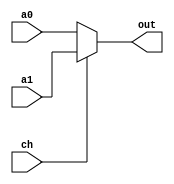
`timescale 1ns / 1ps
//////////////////////////////////////////////////////////////////////////////////
// Company: 
// Engineer: 
// 
// Design Name: 
// Module Name:    MUX 
// Project Name: 
// Target Devices: 
// Tool versions: 
// Description: 
//
// Dependencies: 
//
// Revision: 
// Revision 0.01 - File Created
// Additional Comments: 
//
//////////////////////////////////////////////////////////////////////////////////
module mux_2_32b(a0,a1,ch,out
    );
	input [31:0] a0,a1;
	input ch;
	output [31:0] out;
	wire [31:0] out;
	assign out=(ch==0)?a0:a1;

endmodule

module mux_3_32b(a0,a1,a2,ch,out
    );
	input [31:0] a0,a1,a2;
	input [1:0] ch;
	output [31:0] out;
	wire [31:0] out;
	assign out=
					(ch==2'b00)?a0:
					(ch==2'b01)?a1:
					a2;

endmodule

module mux_4_32b(a0,a1,a2,a3,ch,out
    );
	input [31:0] a0,a1,a2,a3;
	input [1:0] ch;
	output [31:0] out;
	wire [31:0] out;
	assign out=
					(ch==2'b00)?a0:
					(ch==2'b01)?a1:
					(ch==2'b10)?a2:
					a3;

endmodule

module mux_5_32b(a0,a1,a2,a3,a4,ch,out
    );
	input [31:0] a0,a1,a2,a3,a4;
	input [2:0] ch;
	output [31:0] out;
	wire [31:0] out;
	assign out=
					(ch==3'b000)?a0:
					(ch==3'b001)?a1:
					(ch==3'b010)?a2:
					(ch==3'b011)?a3:
					a4;

endmodule

module mux_6_32b(a0,a1,a2,a3,a4,a5,ch,out
    );
	input [31:0] a0,a1,a2,a3,a4,a5;
	input [2:0] ch;
	output [31:0] out;
	wire [31:0] out;
	assign out=
					(ch==3'b000)?a0:
					(ch==3'b001)?a1:
					(ch==3'b010)?a2:
					(ch==3'b011)?a3:
					(ch==3'b100)?a4:
					a5;

endmodule

module mux_11_32b (a0 , a1 , a2 , a3 , a4 , a5 , a6 , a7 , a8 , a9 , a10 , ch , out );
  input   [31:0]     a0 , a1 , a2 , a3 ,a4 ,a5 , a6 , a7 , a8 , a9 , a10 ;
  input   [3:0]      ch                    ;
  output  [31:0]     out                   ;
  wire    [31:0]     out                   ;
  
  assign  out   =   (ch == 4'b0000) ? a0    :
                    (ch == 4'b0001) ? a1    :
                    (ch == 4'b0010) ? a2    :
                    (ch == 4'b0011) ? a3    :
                    (ch == 4'b0100) ? a4    :
                    (ch == 4'b0101) ? a5    :
                    (ch == 4'b0110) ? a6    :
                    (ch == 4'b0111) ? a7    :
                    (ch == 4'b1000) ? a8    :
                    (ch == 4'b1001) ? a9    :
                    (ch == 4'b1010) ? a10   :
                                     32'b0 ;
endmodule 

module mux_2_5b(a0,a1,ch,out
    );
	input [4:0] a0,a1;
	input ch;
	output [4:0] out;
	wire [4:0] out;
	assign out=(ch==0)?a0:a1;

endmodule

module mux_3_5b(a0,a1,a2,ch,out
    );
	input [4:0] a0,a1,a2;
	input [1:0] ch;
	output [4:0] out;
	wire [4:0] out;
	assign out=
					(ch==2'b00)?a0:
					(ch==2'b01)?a1:
					a2;

endmodule